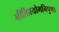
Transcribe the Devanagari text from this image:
नीतिप्रयोगनिपुणा